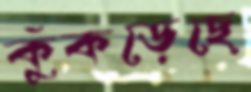
কুঁকড়েছে